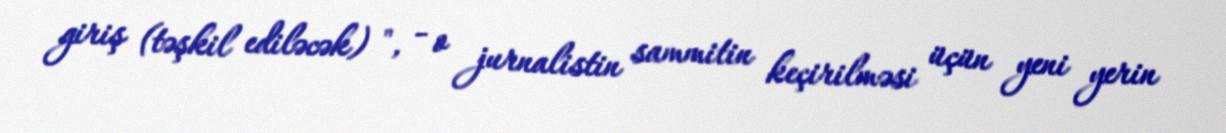
giriş (təşkil ediləcək) ", - o jurnalistin sammitin keçirilməsi üçün yeni yerin